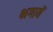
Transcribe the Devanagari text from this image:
भगायें